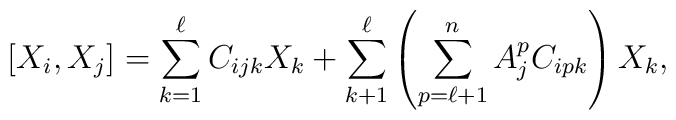
[X_i,X_j]=\sum_{k=1}^{\ell}C_{ijk}X_k+          \sum_{k+1}^{\ell}\left(\sum_{p=\ell+1}^nA^p_jC_{ipk}\right)X_k,